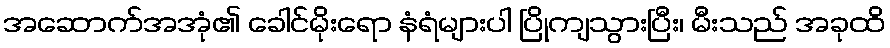
အဆောက်အအုံ၏ ခေါင်မိုးရော နံရံများပါ ပြိုကျသွားပြီး၊ မီးသည် အခုထိ